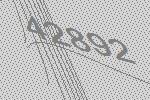
42892